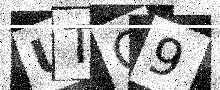
Text: UTQ9